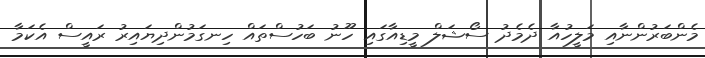
މެންބަރުންނާއި މަލީހުއާ ދެމެދު ސޯޝަލް މީޑިއާގައި ހޫނު ބަހުސްތައް ހިނގަމުންދިޔައިރު ރައީސް އެކަމާ